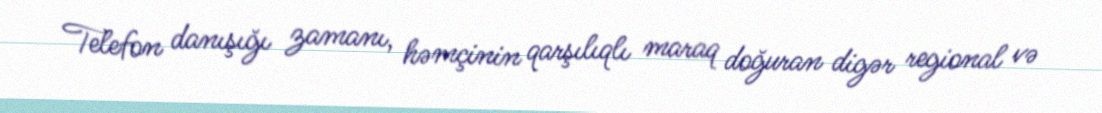
Telefon danışığı zamanı, həmçinin qarşılıqlı maraq doğuran digər regional və